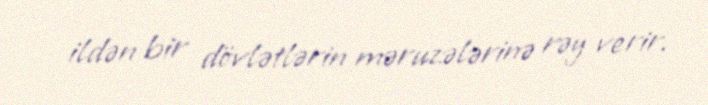
ildən bir dövlətlərin məruzələrinə rəy verir.